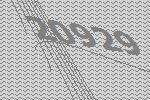
20929